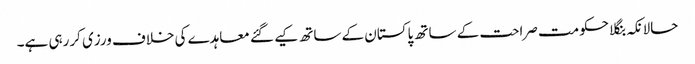
حالانکہ بنگلا حکومت صراحت کے ساتھ پاکستان کے ساتھ کیے گئے معاہدے کی خلاف ورزی کررہی ہے۔